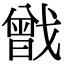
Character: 𢨉